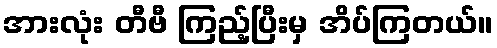
အားလုံး တီဗီ ကြည့်ပြီးမှ အိပ်ကြတယ်။